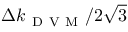
\Delta k _ { \mathrm { ~ D ~ V ~ M ~ } } / 2 \sqrt { 3 }